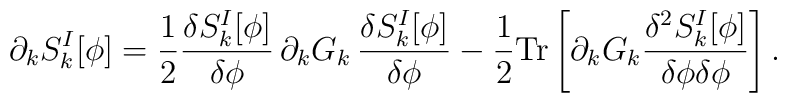
\partial_k S_{k}^I [\phi]={1\over2}{\delta S_{k}^I [\phi]\over \delta\phi} \, \partial_k G_k \, {\delta S_{k}^I [\phi]\over \delta\phi} -{1\over2} {\mathrm{Tr}}\left[\partial_k G_k {\delta^2 S_{k}^I [\phi]\over \delta\phi\delta\phi}\right].